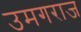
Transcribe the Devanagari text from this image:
उमगराज